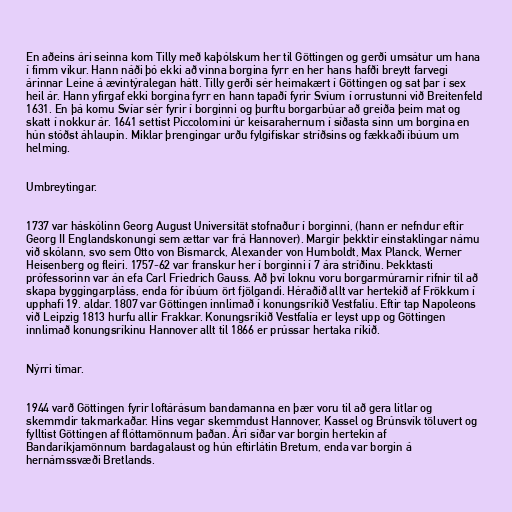
En aðeins ári seinna kom Tilly með kaþólskum her til Göttingen og gerði umsátur um hana
í fimm vikur. Hann náði þó ekki að vinna borgina fyrr en her hans hafði breytt farvegi
árinnar Leine á ævintýralegan hátt. Tilly gerði sér heimakært í Göttingen og sat þar í sex
heil ár. Hann yfirgaf ekki borgina fyrr en hann tapaðí fyrir Svíum í orrustunni við Breitenfeld
1631. En þá komu Svíar sér fyrir í borginni og þurftu borgarbúar að greiða þeim mat og
skatt í nokkur ár. 1641 settist Piccolomini úr keisarahernum í síðasta sinn um borgina en
hún stóðst áhlaupin. Miklar þrengingar urðu fylgifiskar stríðsins og fækkaði íbúum um
helming.

Umbreytingar.

1737 var háskólinn Georg August Universität stofnaður í borginni, (hann er nefndur eftir
Georg II Englandskonungi sem ættar var frá Hannover). Margir þekktir einstaklingar námu
við skólann, svo sem Otto von Bismarck, Alexander von Humboldt, Max Planck, Werner
Heisenberg og fleiri. 1757-62 var franskur her í borginni í 7 ára stríðinu. Þekktasti
prófessorinn var án efa Carl Friedrich Gauss. Að því loknu voru borgarmúrarnir rifnir til að
skapa byggingarpláss, enda fór íbúum ört fjölgandi. Héraðið allt var hertekið af Frökkum í
upphafi 19. aldar. 1807 var Göttingen innlimað í konungsríkið Vestfalíu. Eftir tap Napoleons
við Leipzig 1813 hurfu allir Frakkar. Konungsríkið Vestfalía er leyst upp og Göttingen
innlimað konungsríkinu Hannover allt til 1866 er prússar hertaka ríkið.

Nýrri tímar.

1944 varð Göttingen fyrir loftárásum bandamanna en þær voru til að gera litlar og
skemmdir takmarkaðar. Hins vegar skemmdust Hannover, Kassel og Brúnsvík töluvert og
fylltist Göttingen af flóttamönnum þaðan. Ári síðar var borgin hertekin af
Bandaríkjamönnum bardagalaust og hún eftirlátin Bretum, enda var borgin á
hernámssvæði Bretlands.